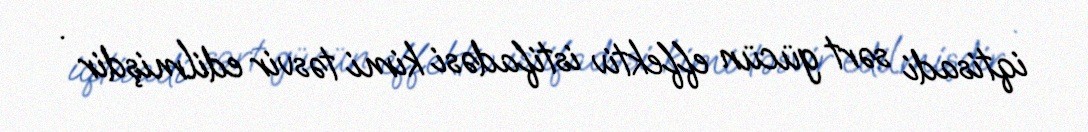
iqtisadi sərt gücün effektiv istifadəsi kimi təsvir edilmişdir .